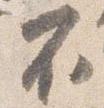
不